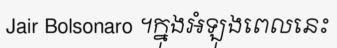
Jair Bolsonaro ។ក្នុងអំឡុងពេលនេះ